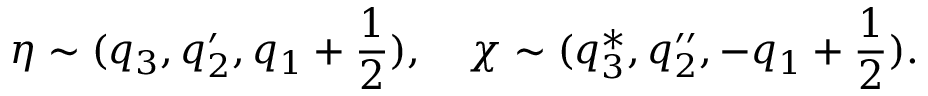
\eta \sim ( q _ { 3 } , q _ { 2 } ^ { \prime } , q _ { 1 } + { \frac { 1 } { 2 } } ) , ~ ~ ~ \chi \sim ( q _ { 3 } ^ { * } , q _ { 2 } ^ { \prime \prime } , - q _ { 1 } + { \frac { 1 } { 2 } } ) .